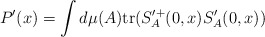
\begin{align*}P'(x) = \int d\mu(A) {\rm tr}(S'^+_A(0,x) S'_A(0,x))\end{align*}